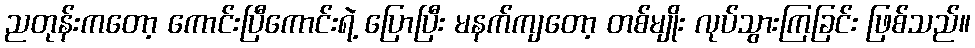
ညတုန်းကတော့ ကောင်းပြီကောင်းရဲ့ ပြောပြီး မနက်ကျတော့ တစ်မျိုး လုပ်သွားကြခြင်း ဖြစ်သည်။